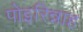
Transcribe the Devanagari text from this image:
पोइरिन्नाह